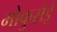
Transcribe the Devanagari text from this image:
मोकुसेई